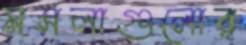
মসলাগুলোর